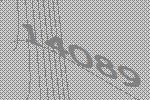
14089